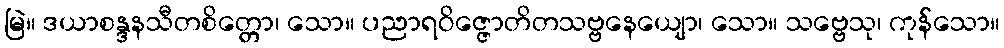
မြဲ။ ဒယာစန္ဒနသီတစိတ္တော၊ သော။ ပညာရဝိဇ္ဇောတိတသဗ္ဗနေယျော၊ သော။ သဗ္ဗေသု၊ ကုန်သော။